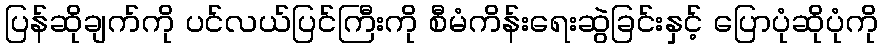
ပြန်ဆိုချက်ကို ပင်လယ်ပြင်ကြီးကို စီမံကိန်းရေးဆွဲခြင်းနှင့် ပြောပုံဆိုပုံကို